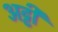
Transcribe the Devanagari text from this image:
अट्टी